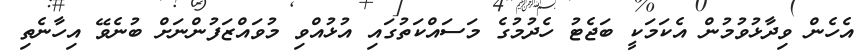
އެހެން ވިދާޅުވުމުން އެކަމަކީ ބަޖެޓު ހެދުމުގެ މަސައްކަތުގައި އުޅުއްވި މުވައްޒަފުންނަށް ބުނެވޭ އިހާނެތި